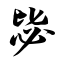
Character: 毖